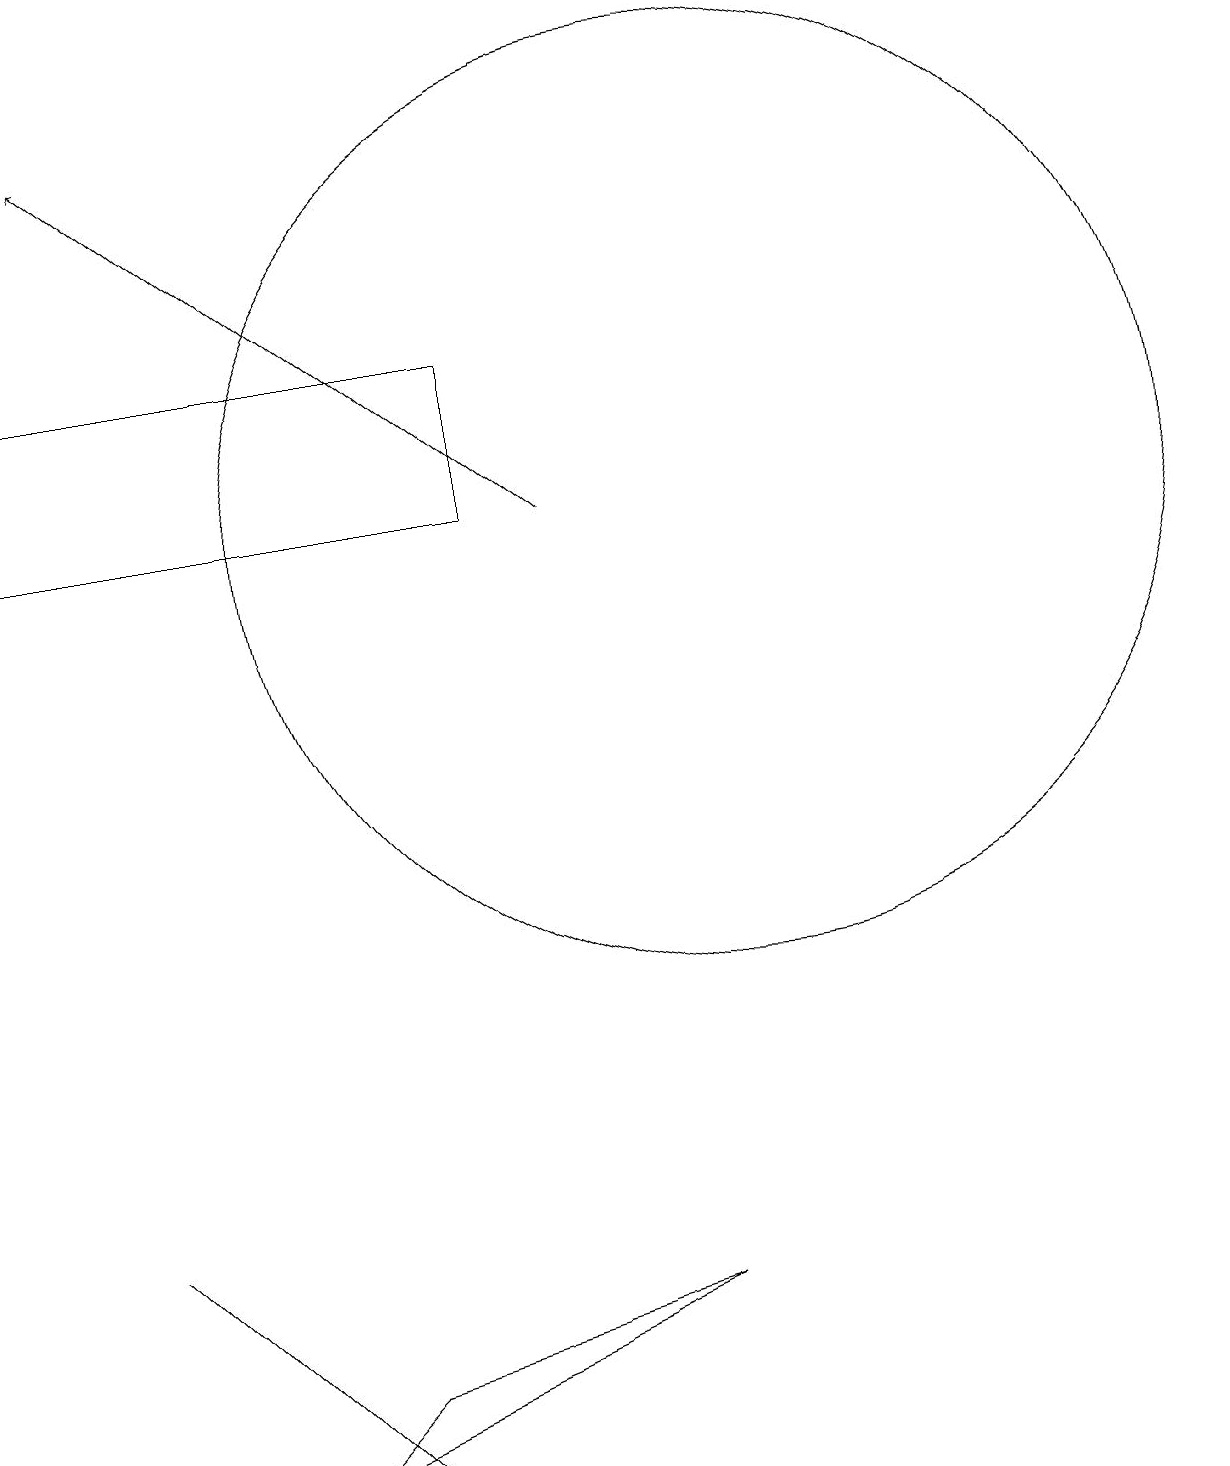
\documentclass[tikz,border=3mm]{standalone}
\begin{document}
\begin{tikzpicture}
\draw[->] (8,12) -- (2,17);
\draw (4,1) -- (5,0) -- (2,3) -- cycle;
\draw (4,0) -- (5,1) -- (9,2) -- cycle;
\draw (10,12) circle (6);
\draw (7,14) rectangle (1,12);
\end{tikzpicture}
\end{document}